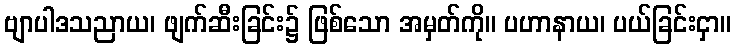
ဗျာပါဒသညာယ၊ ဖျက်ဆီးခြင်း၌ ဖြစ်သော အမှတ်ကို။ ပဟာနာယ၊ ပယ်ခြင်းငှာ။